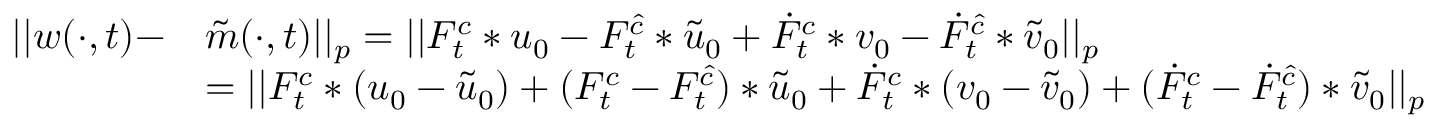
\begin{array} { r l } { | | w ( \cdot , t ) - } & { \Tilde { m } ( \cdot , t ) | | _ { p } = | | F _ { t } ^ { c } * u _ { 0 } - F _ { t } ^ { \hat { c } } * \Tilde { u } _ { 0 } + \Dot { F } _ { t } ^ { c } * v _ { 0 } - \Dot { F } _ { t } ^ { \hat { c } } * \Tilde { v } _ { 0 } | | _ { p } } \\ & { = | | F _ { t } ^ { c } * ( u _ { 0 } - \Tilde { u } _ { 0 } ) + ( F _ { t } ^ { c } - F _ { t } ^ { \hat { c } } ) * \Tilde { u } _ { 0 } + \Dot { F } _ { t } ^ { c } * ( v _ { 0 } - \Tilde { v } _ { 0 } ) + ( \Dot { F } _ { t } ^ { c } - \Dot { F } _ { t } ^ { \hat { c } } ) * \Tilde { v } _ { 0 } | | _ { p } } \end{array}